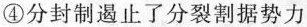
④分封制遏止了分裂割据势力